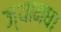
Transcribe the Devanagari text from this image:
ज्यामघ।